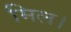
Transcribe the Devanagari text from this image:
मिल।